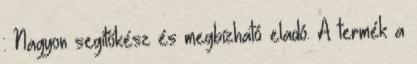
: Nagyon segítőkész és megbízható eladó. A termék a